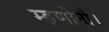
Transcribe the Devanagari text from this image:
म्हणोनी।